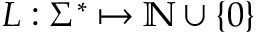
L : \Sigma ^ { * } \mapsto \mathbb { N } \cup \{ 0 \}